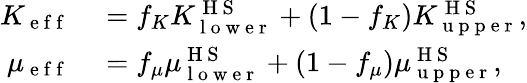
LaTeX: \begin{array}{rl}{K_{\mathrm{~e~f~f~}}}&{{}=f_{K}K_{\mathrm{~l~o~w~e~r~}}^{\mathrm{~H~S~}}+(1-f_{K})K_{\mathrm{~u~p~p~e~r~}}^{\mathrm{~H~S~}},}\\ {\mu_{\mathrm{~e~f~f~}}}&{{}=f_{\mu}\mu_{\mathrm{~l~o~w~e~r~}}^{\mathrm{~H~S~}}+(1-f_{\mu})\mu_{\mathrm{~u~p~p~e~r~}}^{\mathrm{~H~S~}},}\end{array}